Report of an investigation of the epidemic of malarial fever in Assam, or, kala-azar
Disease focus: Malaria
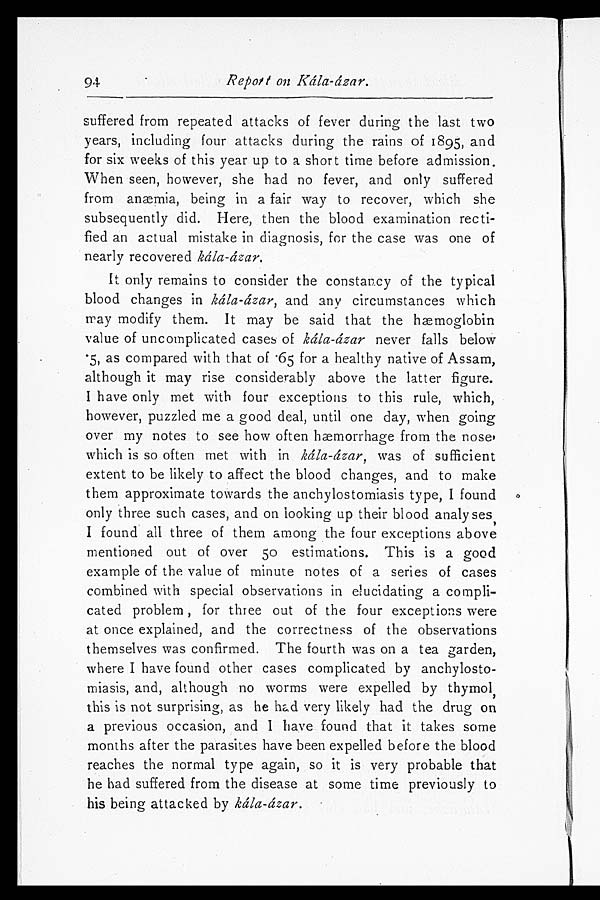
94
Repot on Kála-ázar.
suffered from repeated attacks of fever during the last two
years, including four attacks during the rains of 1895, and
for six weeks of this year up to a short time before admission.
When seen, however, she had no fever, and only suffered
from anæmia, being in a fair way to recover, which she
subsequently did. Here, then the blood examination recti
-fied an actual mistake in diagnosis, for the case was one of
nearly recovered kála-ázar.
It only remains to consider the constancy of the typical
blood changes in kála-ázar, and any circumstances which
may modify them. It may be said that the hæmoglobin
value of uncomplicated cases of kála-ázar never falls below
.5 , as compared wi t h t hat of . 65 for a heal t hy nat i ve of Assam,
although it may rise considerably above the latter figure.
I have only met with four exceptions to this rule, which,
however, puzzled me a good deal, until one day, when going
over my notes to see how often hæmorrhage from the nose,
which is so often met with in kála-ázar, was of sufficient
extent to be likely to affect the blood changes, and to make
them approximate towards the anchylostomiasis type, I found
only three such cases, and on looking up their blood analyses,
I found all three of them among the four exceptions above
mentioned out of over 50 estimations. This is a good
example of the value of minute notes of a series of cases
combined with special observations in elucidating a compli
-cated problem, for three out of the four exceptions were
at once explained, and the correctness of the observations
themselves was confirmed. The fourth was on a tea garden,
where I have found other cases complicated by anchylosto
-miasis, and, although no worms were expelled by thymol,
this is not surprising, as he had very likely had the drug on
a previous occasion, and I have found that it takes some
months after the parasites have been expelled before the blood
reaches the normal type again, so it is very probable that
he had suffered from the disease at some time previously to
his being attacked by kála-ázar.